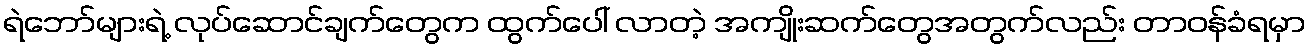
ရဲဘော်များရဲ့ လုပ်ဆောင်ချက်တွေက ထွက်ပေါ် လာတဲ့ အကျိုးဆက်တွေအတွက်လည်း တာဝန်ခံရမှာ